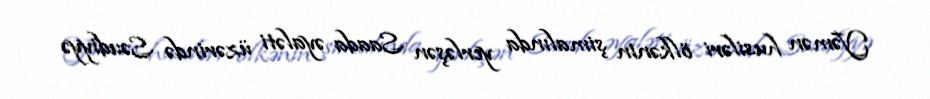
Yəmən husiləri ölkənin şimalında yerləşən Saada əyaləti üzərində Səudiyyə